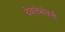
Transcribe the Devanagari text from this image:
देवतेभोवती